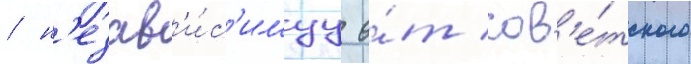
/ н'езав'и́с'имуу о́т сов'е́тского